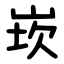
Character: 崁